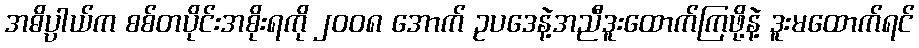
အဓိပ္ပါယ်က စစ်တပိုင်းအစိုးရကို ၂၀၀၈ အောက် ဥပဒေနဲ့အညီဒူးထောက်ကြဖို့နဲ့ ဒူးမထောက်ရင်